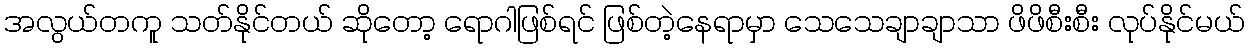
အလွယ်တကူ သတ်နိုင်တယ် ဆိုတော့ ရောဂါဖြစ်ရင် ဖြစ်တဲ့နေရာမှာ သေသေချာချာသာ ဖိဖိစီးစီး လုပ်နိုင်မယ်